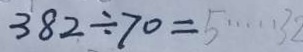
3 8 2 \div 7 0 = 5 \cdots 3 2